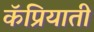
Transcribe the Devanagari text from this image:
कॅप्रियाती